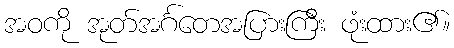
အဝကို အုတ်အင်္ဂတေအပြားကြီး ဖုံးထား၏။